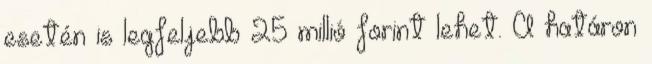
esetén is legfeljebb 25 millió forint lehet. A határon